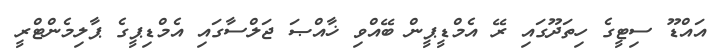
އައްޑޫ ސިޓީގެ ހިތަދޫގައި ރޭ އެމްޑީޕީން ބޭއްވި ޚާއްޞަ ޖަލްސާގައި އެމްޑިޕީގެ ޕާލިމެންޓްރީ